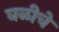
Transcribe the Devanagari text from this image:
घळीचे